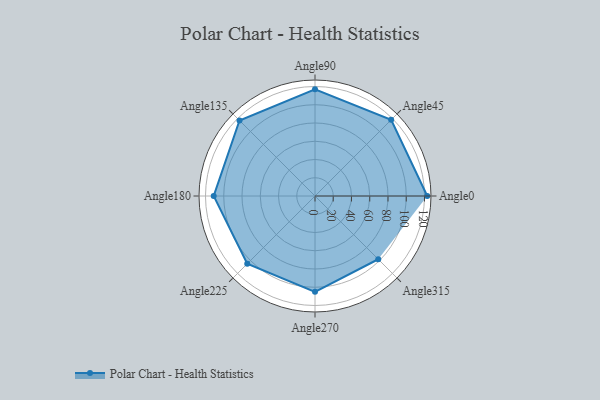
{"axis": {"x": "Angle", "y": "Radius"}, "legend": [""], "data": [{"x": "Angle0", "y": 123.0, "type": ""}, {"x": "Angle45", "y": 118.0, "type": ""}, {"x": "Angle90", "y": 117.0, "type": ""}, {"x": "Angle135", "y": 117.0, "type": ""}, {"x": "Angle180", "y": 111.0, "type": ""}, {"x": "Angle225", "y": 105.0, "type": ""}, {"x": "Angle270", "y": 105.0, "type": ""}, {"x": "Angle315", "y": 98.0, "type": ""}]}